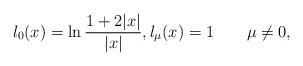
LaTeX: \begin{gather*}l_0(x)=\ln\frac{1+2|x|}{|x|},l_\mu(x)=1\qquad \mu\ne 0,\end{gather*}